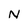
Character: N